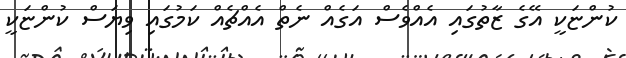
ކުންޏަކީ އޭގެ ޒާތުގައި އެއްވެސް އަގެއް ނެތް އެއްޗެއް ކަމުގައި ވިޔަސް ކުންޏަކީ